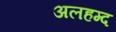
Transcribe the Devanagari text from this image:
अलहम्द